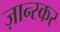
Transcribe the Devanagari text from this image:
ज़ान्स्कर